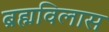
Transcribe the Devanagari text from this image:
ब्रह्मविलास